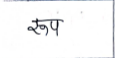
मजकूर: रूप